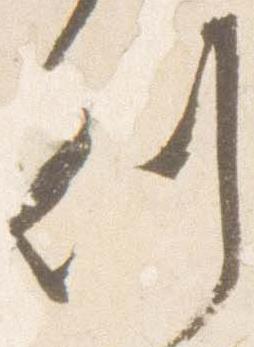
刻